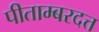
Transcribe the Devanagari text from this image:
पीताम्बरदत्त